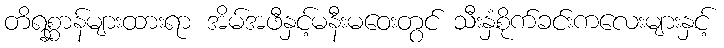
တိရစ္ဆာန်များထားရာ အိမ်အဖီနှင့်မနီးမဝေးတွင် သီးနှံစိုက်ခင်းကလေးများနှင့်